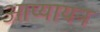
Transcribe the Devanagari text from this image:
आप्यायन